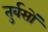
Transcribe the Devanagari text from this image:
तुर्वसों